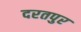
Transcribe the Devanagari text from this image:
दरतपुर